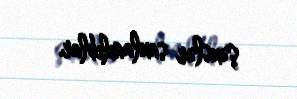
şəxslər saxlanılıblar.